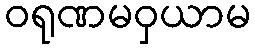
ဝရုဏမဝှယာမ